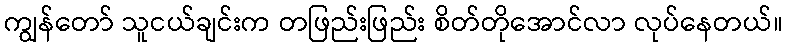
ကျွန်တော် သူငယ်ချင်းက တဖြည်းဖြည်း စိတ်တိုအောင်လာ လုပ်နေတယ်။